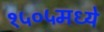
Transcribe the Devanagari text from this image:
१५०५मध्ये